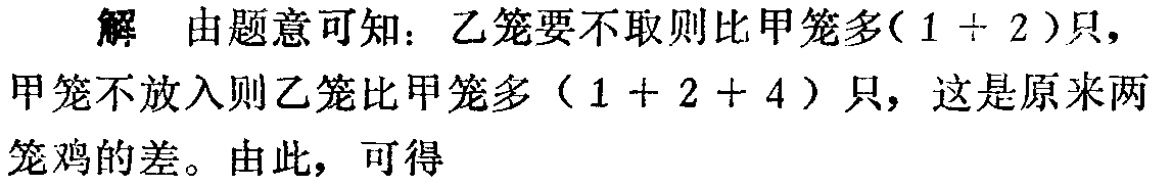
解 由题意可知：乙笼要不取则比甲笼多\((1 + 2)\)只，甲笼不放入则乙笼比甲笼多\((1 + 2 + 4)\)只，这是原来两笼鸡的差。由此，可得